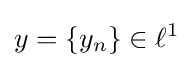
y=\{y_{n}\}\in \ell ^{1}